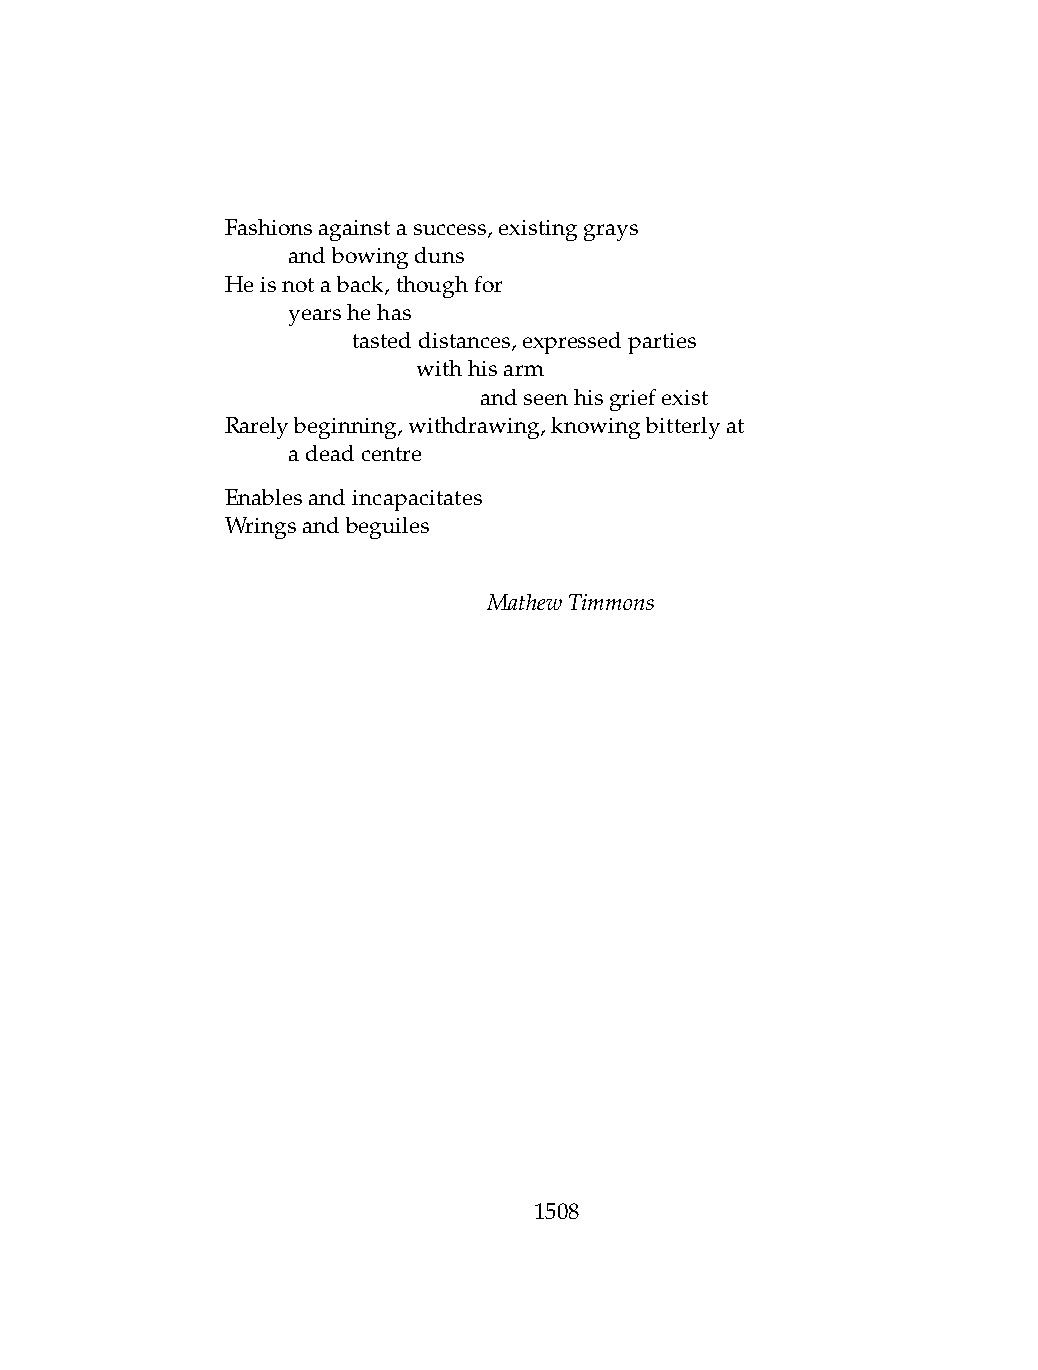
Fashionsagainstasuccess,existinggrays
 .   andbowingduns
 Heisnotaback,thoughfor
 .   yearshehas
 .   .   tasteddistances,expressedparties
 .   .   .    withhisarm
 .   .   .    .   andseenhisgriefexist
 Rarelybeginning,withdrawing,knowingbitterlyat
 .   adeadcentre
 Enablesandincapacitates
 Wringsandbeguiles
 MathewTimmons
 1508